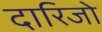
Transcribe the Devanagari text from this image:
दारिजो